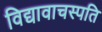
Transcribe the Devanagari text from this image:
विद्यावाचस्‍पति